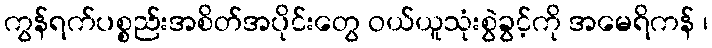
ကွန်ရက်ပစ္စည်းအစိတ်အပိုင်းတွေ ဝယ်ယူသုံးစွဲခွင့်ကို အမေရိကန် ၊